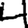
Digit: 4